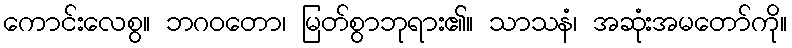
ကောင်းလေစွ။ ဘဂဝတော၊ မြတ်စွာဘုရား၏။ သာသနံ၊ အဆုံးအမတော်ကို။